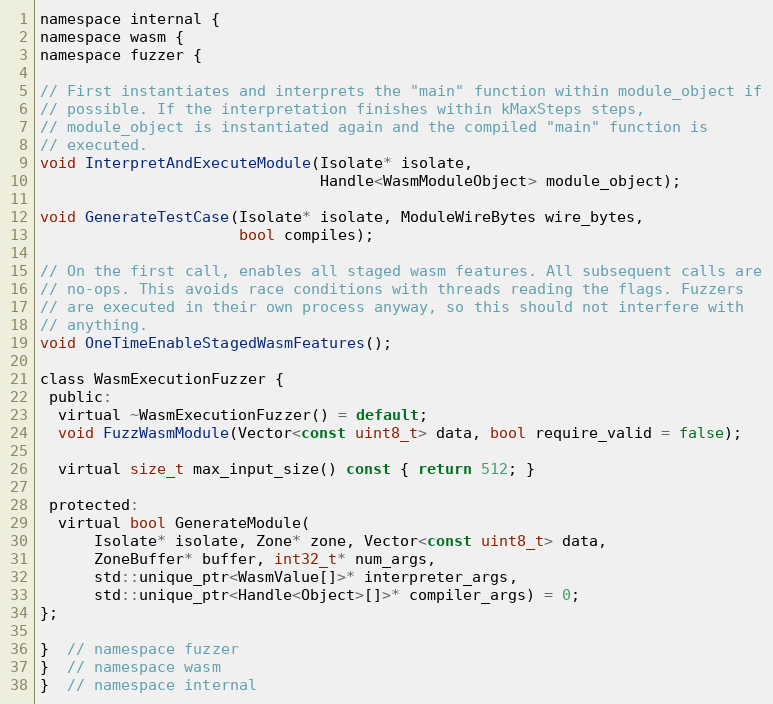
Language: C
namespace internal {
namespace wasm {
namespace fuzzer {

// First instantiates and interprets the "main" function within module_object if
// possible. If the interpretation finishes within kMaxSteps steps,
// module_object is instantiated again and the compiled "main" function is
// executed.
void InterpretAndExecuteModule(Isolate* isolate,
                               Handle<WasmModuleObject> module_object);

void GenerateTestCase(Isolate* isolate, ModuleWireBytes wire_bytes,
                      bool compiles);

// On the first call, enables all staged wasm features. All subsequent calls are
// no-ops. This avoids race conditions with threads reading the flags. Fuzzers
// are executed in their own process anyway, so this should not interfere with
// anything.
void OneTimeEnableStagedWasmFeatures();

class WasmExecutionFuzzer {
 public:
  virtual ~WasmExecutionFuzzer() = default;
  void FuzzWasmModule(Vector<const uint8_t> data, bool require_valid = false);

  virtual size_t max_input_size() const { return 512; }

 protected:
  virtual bool GenerateModule(
      Isolate* isolate, Zone* zone, Vector<const uint8_t> data,
      ZoneBuffer* buffer, int32_t* num_args,
      std::unique_ptr<WasmValue[]>* interpreter_args,
      std::unique_ptr<Handle<Object>[]>* compiler_args) = 0;
};

}  // namespace fuzzer
}  // namespace wasm
}  // namespace internal